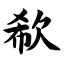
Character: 欷